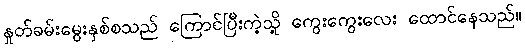
နှုတ်ခမ်းမွေးနှစ်စသည် ကြောင်ပြီးကဲ့သို့ ကွေးကွေးလေး ထောင်နေသည်။